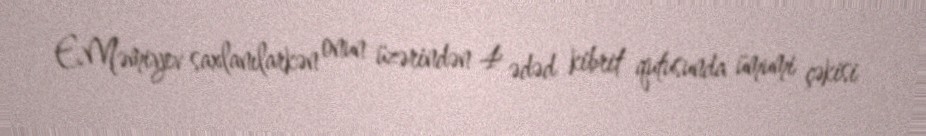
E.Məmiyev saxlanılarkən onun üzərindən 4 ədəd kibrit qutusunda ümumi çəkisi